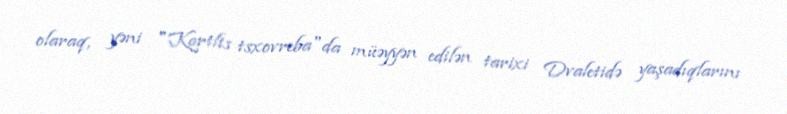
olaraq, yəni "Kartlis tsxovreba"da müəyyən edilən tarixi Dvaletidə yaşadıqlarını